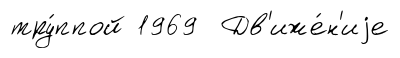
тру́ппой 1969 Дв'иже́н'иjе